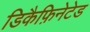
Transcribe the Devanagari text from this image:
डिकैफ़िनेटेड